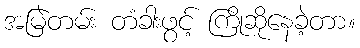
အမြဲတမ်း တံခါးဖွင့် ကြိုဆိုနေခဲ့တာ။